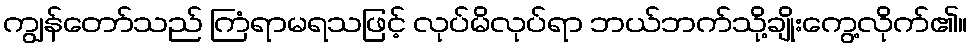
ကျွန်တော်သည် ကြံရာမရသဖြင့် လုပ်မိလုပ်ရာ ဘယ်ဘက်သို့ချိုးကွေ့လိုက်၏။